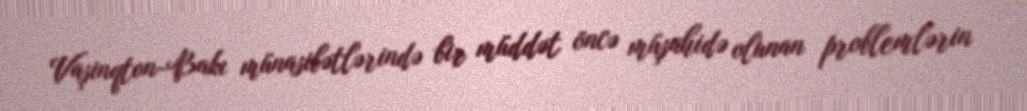
Vaşinqton-Bakı münasibətlərində bir müddət öncə müşahidə olunan problemlərin